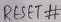
Text: RESET#